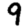
Digit: 9